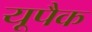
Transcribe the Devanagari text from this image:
यूपैक